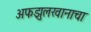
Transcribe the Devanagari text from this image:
अफझुलखानाचा